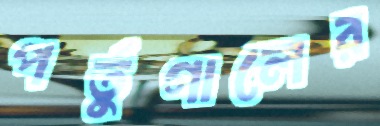
পর্তুগালের